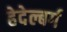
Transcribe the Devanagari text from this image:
हेदेल्बर्ग